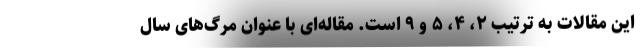
این مقالات به ترتیب ۲، ۴، ۵ و ۹ است. مقاله‌ای با عنوان مرگ‌های سال